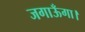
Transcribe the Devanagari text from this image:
जगाऊँगा।